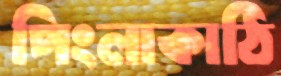
পিংলাকাঠি